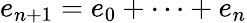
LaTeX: e_{n+1}=e_{0}+\dots+e_{n}